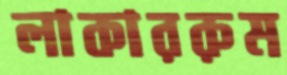
লাকাররুম